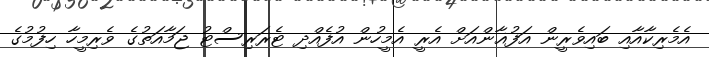
އެމެރިކާއާއި ބައިވެރީން އަފުޣާންއަށް އެރީ އެމީހުން އުފެއްދި ޓެރަރިސްޓު ޖަމާއަތުގެ ވެރިމީހާ ހިފުމުގެ